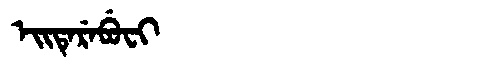
Manchu: ᡝᡳᡨᡝᡵᡝᠪᡠᠸᡳ
Romanization: EITEREBUFI